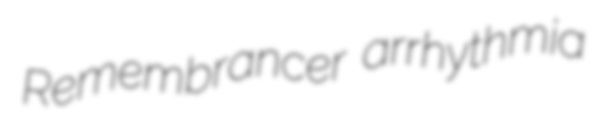
Remembrancer arrhythmia